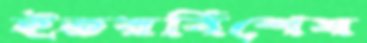
ইতরবিশেষ